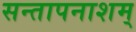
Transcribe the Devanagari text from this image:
सन्तापनाशम्